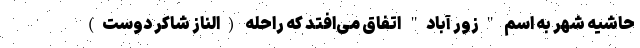
حاشیه شهر به اسم "زور آباد" اتفاق می‌افتد که راحله (الناز شاکر دوست)